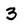
Character: 3